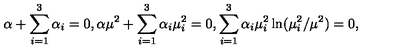
\alpha + \sum _ { i = 1 } ^ { 3 } \alpha _ { i } = 0 , \alpha \mu ^ { 2 } + \sum _ { i = 1 } ^ { 3 } \alpha _ { i } \mu _ { i } ^ { 2 } = 0 , \sum _ { i = 1 } ^ { 3 } \alpha _ { i } \mu _ { i } ^ { 2 } \ln ( \mu _ { i } ^ { 2 } / \mu ^ { 2 } ) = 0 ,